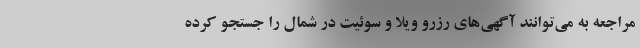
مراجعه به می‌توانند آگهی‌های رزرو ویلا و سوئیت در شمال را جستجو کرده